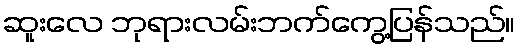
ဆူးလေ ဘုရားလမ်းဘက်ကွေ့ပြန်သည်။